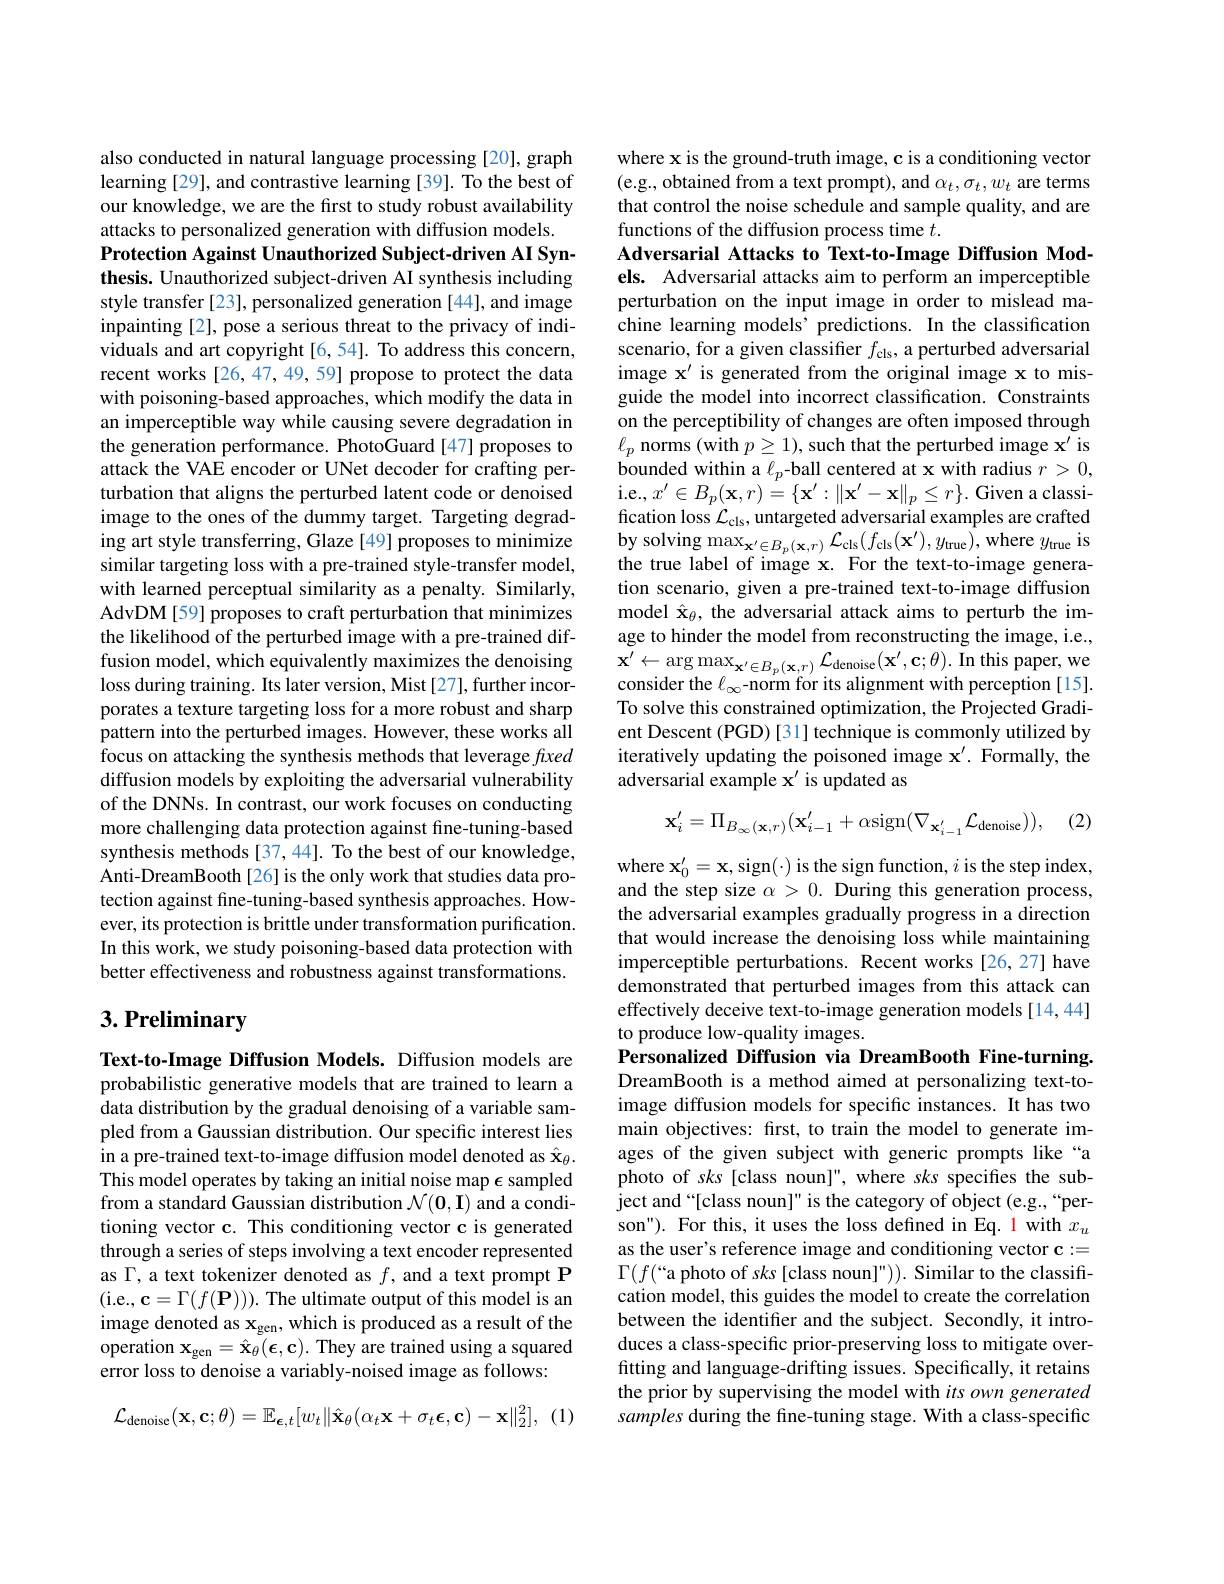
also conducted in natural language processing [20], graph learning [29], and contrastive learning [39]. To the best of our knowledge, we are the first to study robust availability attacks to personalized generation with diffusion models.
Protection Against Unauthorized Subject-driven AI Synthesis. Unauthorized subject-driven AI synthesis including style transfer [23], personalized generation [44], and image inpainting [2], pose a serious threat to the privacy of individuals and art copyright [6,54]. To address this concern, recent works [26,47,49,59] propose to protect the data with poisoning-based approaches, which modify the data in an imperceptible way while causing severe degradation in the generation performance. PhotoGuard [47] proposes to attack the VAE encoder or UNet decoder for crafting perturbation that aligns the perturbed latent code or denoised image to the ones of the dummy target. Targeting degrading art style transferring, Glaze [49] proposes to minimize similar targeting loss with a pre-trained style-transfer model, with learned perceptual similarity as a penalty. Similarly, AdvDM[59] proposes to craft perturbation that minimizes the likelihood of the perturbed image with a pre-trained diffusion model, which equivalently maximizes the denoising loss during training. Its later version, Mist [27], further incorporates a texture targeting loss for a more robust and sharp pattern into the perturbed images. However, these works all focus on attacking the synthesis methods that leverage fxed diffusion models by exploiting the adversarial vulnerability of the DNNs. In contrast, our work focuses on conducting more challenging data protection against fine-tuning-based synthesis methods [37,44]. To the best of our knowledge, Anti-DreamBooth[26] is the only work that studies data protection against fine-tuning-based synthesis approaches. However, its protection is brittle under transformation purification. In this work, we study poisoning-based data protection with better effectiveness and robustness against transformations.

# $3. \textbf{Preliminary}$

Text-to-Image Diffusion Models. Diffusion models are probabilistic generative models that are trained to learn a data distribution by the gradual denoising of a variable sampled from a Gaussian distribution. Our specific interest lies in a pre-trained text-to-image diffusion model denoted as $\hat{\mathbf{x}}_\theta.$ This model operates by taking an initial noise map $\epsilon$ sampled from a standard Gaussian distribution $\mathcal{N}(\mathbf{0},\mathbf{I})$ and a conditioning vector c. This conditioning vector c is generated through a series of steps involving a text encoder represented as $\Gamma$, a text tokenizer denoted as $f$, and a text prompt P (i.e., c$=\Gamma(f(\mathbf{P}))).$ The ultimate output of this model is an image denoted as x$\mathrm x_{\mathrm{gen}}$, which is produced as a result of the operation $\mathbf{x} _{\mathrm{gen}}= \hat{\mathbf{x} } _{\theta }( \mathbf{\epsilon } , \mathbf{c} ) .$ They are trained using a squared error loss to denoise a variably-noised image as follows:

(1)
$$\mathcal{L}_{\mathrm{denoise}}(\mathbf{x},\mathbf{c};\theta)=\mathbb{E}_{\boldsymbol{\epsilon},t}[w_{t}\|\hat{\mathbf{x}}_{\theta}(\alpha_{t}\mathbf{x}+\sigma_{t}\boldsymbol{\epsilon},\mathbf{c})-\mathbf{x}\|_{2}^{2}],$$
where x is the ground-truth image, c is a conditioning vector (e.g., obtained from a text prompt), and $\alpha_t,\sigma_t,w_t$ are terms that control the noise schedule and sample quality, and are functions of the diffusion process time $t.$
Adversarial Attacks to Text-to-Image Diffusion Mod-

els. Adversarial attacks aim to perform an imperceptible perturbation on the input image in order to mislead machine learning models' predictions. In the classification scenario, for a given classifier $f_\mathrm{cls}$, a perturbed adversarial image $\mathbf{x}^{\prime}$ is generated from the original image x to misguide the model into incorrect classification. Constraints on the perceptibility of changes are often imposed through $\ell_{p}$ norms (with $p\geq1)$, such that the perturbed image $\mathbf{x}^\prime$ is bounded within a $\ell_p$-ball centered at x with radius $r>0$, i.e.,$x^\prime\in B_{p}(\mathbf{x},r)=\{\mathbf{x}^{\prime}:\|\mathbf{x}^{\prime}-\mathbf{x}\|_{p}\leq r\}.$Given a classification loss $\mathcal{L}_\mathrm{cls}$, untargeted adversarial examples are crafted by solving $\max _\mathbf{x} ^{\prime }\in B_{p}( \mathbf{x} , r) \mathcal{L} _{\mathrm{cls}}( f_{\mathrm{cls}}( \mathbf{x} ^{\prime }) , y_{\mathrm{true}}) $,where $y_\mathrm{true}$ is the true label of image x. For the text-to-image generation scenario, given a pre-trained text-to-image diffusion model $\hat{\mathbf{x}}_\theta$, the adversarial attack aims to perturb the image to hinder the model from reconstructing the image, i.e., $\mathbf{x} ^{\prime }\leftarrow \arg \max _{\mathbf{x} ^{\prime }\in B_{p}( \mathbf{x} , r) }\mathcal{L} _{\mathrm{denoise}}( \mathbf{x} ^{\prime }, \mathbf{c} ; \theta ) .$In this paper, we consider the $\ell_\infty$-norm for its alignment with perception [15]. To solve this constrained optimization, the Projected Gradient Descent (PGD) [31] technique is commonly utilized by iteratively updating the poisoned image $\mathbf{x}^{\prime}.$ Formally, the adversarial example $\mathbf{x}^{\prime}$ is updated as

(2)
$$\mathbf{x}_{i}^{\prime}=\Pi_{B_{\infty}(\mathbf{x},r)}(\mathbf{x}_{i-1}^{\prime}+\alpha\mathrm{sign}(\nabla_{\mathbf{x}_{i-1}^{\prime}}\mathcal{L}_{\mathrm{denoise}})),$$
where $\mathbf{x}_0^{\prime}=\mathbf{x}$,sign(-) is the sign function, $i$ is the step index, and the step size $\alpha>0.$ During this generation process, the adversarial examples gradually progress in a direction that would increase the denoising loss while maintaining imperceptible perturbations. Recent works [26,27] have demonstrated that perturbed images from this attack can effectively deceive text-to-image generation models [14,44] to produce low-quality images.

Personalized Diffusion via DreamBooth Fine-turning.

DreamBooth is a method aimed at personalizing text-toimage diffusion models for specific instances. It has two main objectives: frst, to train the model to generate images of the given subject with generic prompts like“a photo of sks [class noun]", where sks specifies the subject and “[class noun]" is the category of object (e.g.,“person"). For this, it uses the loss defined in Eq. 1 with $x_u$ as the user's reference image and conditioning vector c:= $\Gamma(f($“a photo of sks[class noun]")). Similar to the classification model, this guides the model to create the correlation between the identifer and the subject. Secondly, it introduces a class-specific prior-preserving loss to mitigate overfitting and language-drifting issues. Specifically, it retains the prior by supervising the model with its own generated samples during the fine-tuning stage. With a class-specific